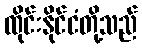
ထိုင်းနိုင်ငံတို့သည်